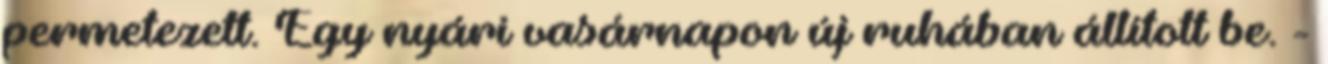
permetezett. Egy nyári vasárnapon új ruhában állított be. -